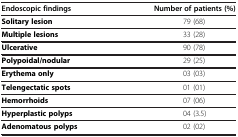
<table><thead><tr><td><b>Endoscopic findings</b></td><td><b>Number of patients (%)</b></td></tr></thead><tbody><tr><td><b>Solitary lesion</b></td><td>79 (68)</td></tr><tr><td><b>Multiple lesions</b></td><td>33 (28)</td></tr><tr><td><b>Ulcerative</b></td><td>90 (78)</td></tr><tr><td><b>Polypoidal/nodular</b></td><td>29 (25)</td></tr><tr><td><b>Erythema only</b></td><td>03 (03)</td></tr><tr><td><b>Telengectatic spots</b></td><td>01 (01)</td></tr><tr><td><b>Hemorrhoids</b></td><td>07 (06)</td></tr><tr><td><b>Hyperplastic polyps</b></td><td>04 (3.5)</td></tr><tr><td><b>Adenomatous polyps</b></td><td>02 (02)</td></tr></tbody></table>